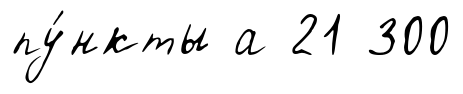
пу́нкты а 21 300